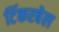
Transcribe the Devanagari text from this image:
टिंकरबेल